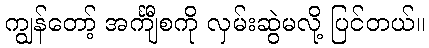
ကျွန်တော့် အင်္ကျီစကို လှမ်းဆွဲမလို့ ပြင်တယ်။